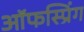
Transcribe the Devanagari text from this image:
ऑफस्प्रिंग